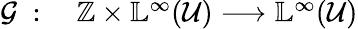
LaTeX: \begin{array}{rl}{\mathcal{G}\; :}&{{}\; \mathbb{Z}\times\mathbb{L}^{\infty}(\mathcal{U})\longrightarrow\mathbb{L}^{\infty}(\mathcal{U})}\end{array}